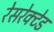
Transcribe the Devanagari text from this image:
रेसरेक्टेड